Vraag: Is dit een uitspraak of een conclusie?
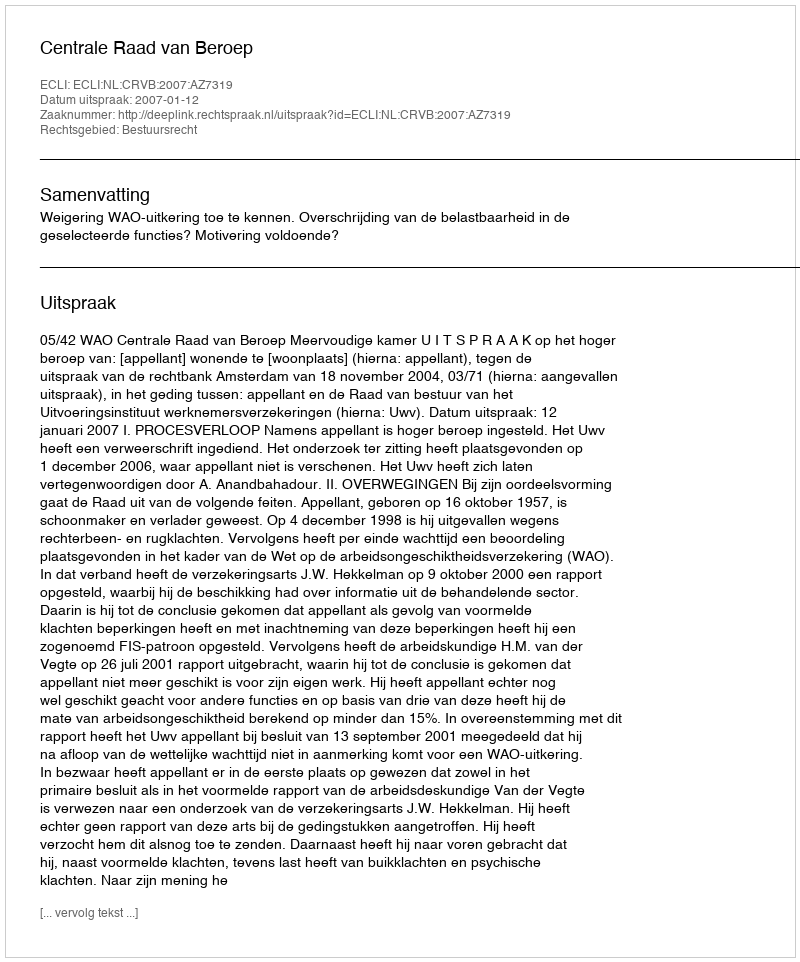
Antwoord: Uitspraak